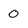
Character: 0